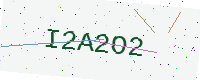
Text: I2A2O2